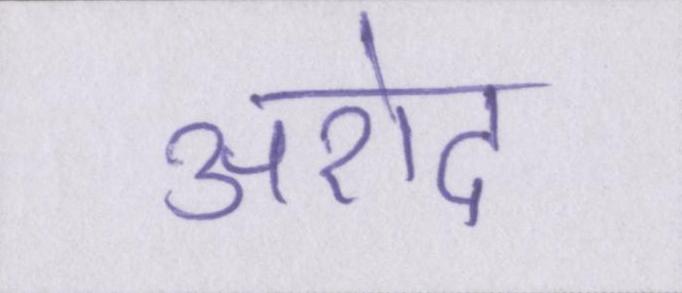
अरोद